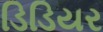
ડિડિયર